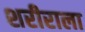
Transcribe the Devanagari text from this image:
शरीराला